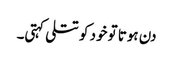
دن ہوتا تو خود کو تتلی کہتی۔